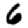
Digit: 6